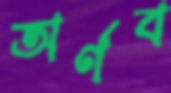
অর্ণব